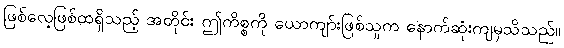
ဖြစ်လေ့ဖြစ်ထရှိသည့် အတိုင်း ဤကိစ္စကို ယောကျာ်းဖြစ်သူက နောက်ဆုံးကျမှသိသည်။